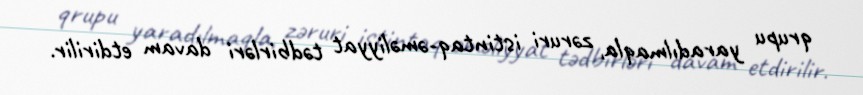
qrupu yaradılmaqla, zəruri istintaq-əməliyyat tədbirləri davam etdirilir.